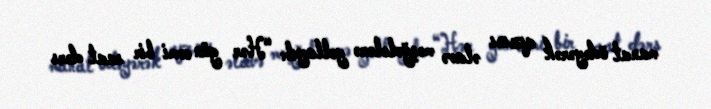
manat ödəyərək qızını əlavə məşğələlərə yollayıb: “Hər gün cəmi bir saat dərs